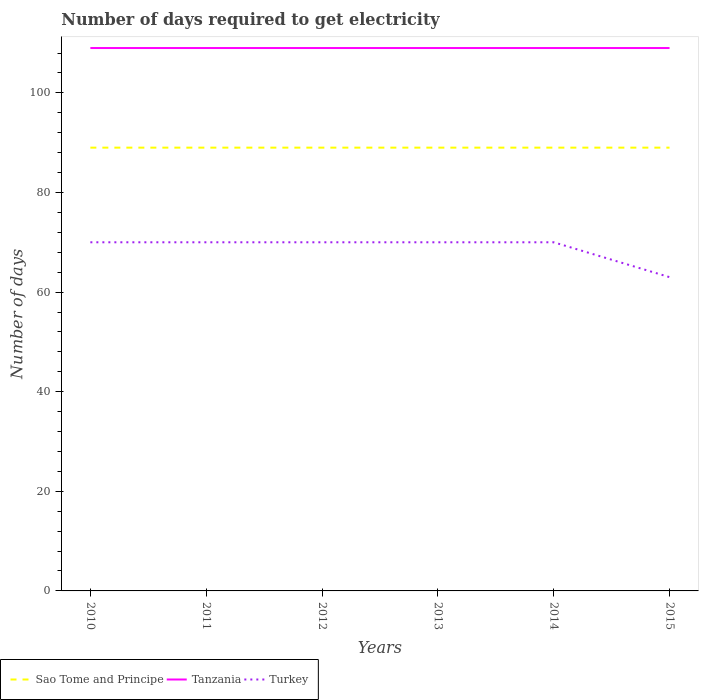
| Years | Sao Tome and Principe | Tanzania | Turkey |
 | --- | --- | --- | --- |
 | 2010 | 89 | 109 | 70 |
 | 2011 | 89 | 109 | 70 |
 | 2012 | 89 | 109 | 70 |
 | 2013 | 89 | 109 | 70 |
 | 2014 | 89 | 109 | 70 |
 | 2015 | 89 | 109 | 63 |